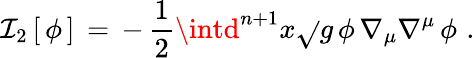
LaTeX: \mathcal{I}_{2}\, [\, \phi\, ]\, =\, -\, {\frac{{1}}{{2}}}\intd^{n+1}x\sqrt{}{{g}}\, \phi\, \nabla_{\mu}\nabla^{\mu}\, \phi\, \, .